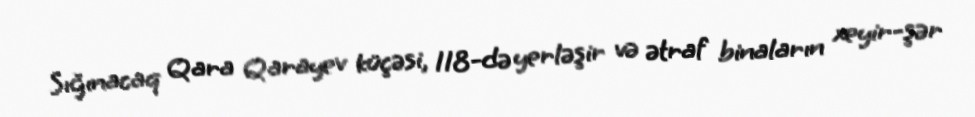
Sığınacaq Qara Qarayev küçəsi, 118-də yerləşir və ətraf binaların xeyir-şər